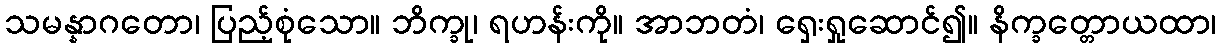
သမန္နာဂတော၊ ပြည့်စုံသော။ ဘိက္ခု၊ ရဟန်းကို။ အာဘတံ၊ ရှေးရှုဆောင်၍။ နိက္ခတ္တောယထာ၊